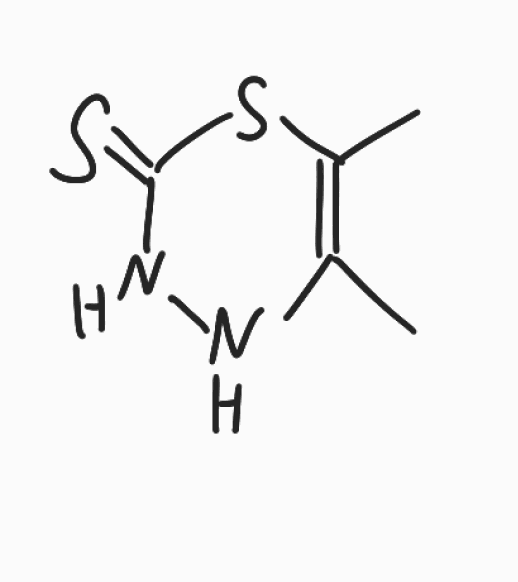
Simplified molecular-input line-entry system (SMILES) notation of the given molecule:
CC1=C(SC(=S)NN1)C